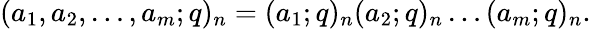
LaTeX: \displaystyle(a_{1},a_{2},\ldots,a_{m};q)_{n}=(a_{1};q)_{n}(a_{2};q)_{n}\ldots(a_{m};q)_{n}.